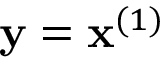
\mathbf { y } = \mathbf { x } ^ { ( 1 ) }